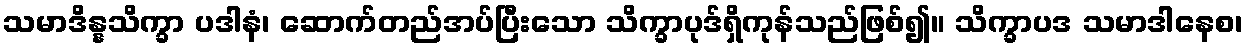
သမာဒိန္နသိက္ခာ ပဒါနံ၊ ဆောက်တည်အပ်ပြီးသော သိက္ခာပုဒ်ရှိကုန်သည်ဖြစ်၍။ သိက္ခာပဒ သမာဒါနေစ၊